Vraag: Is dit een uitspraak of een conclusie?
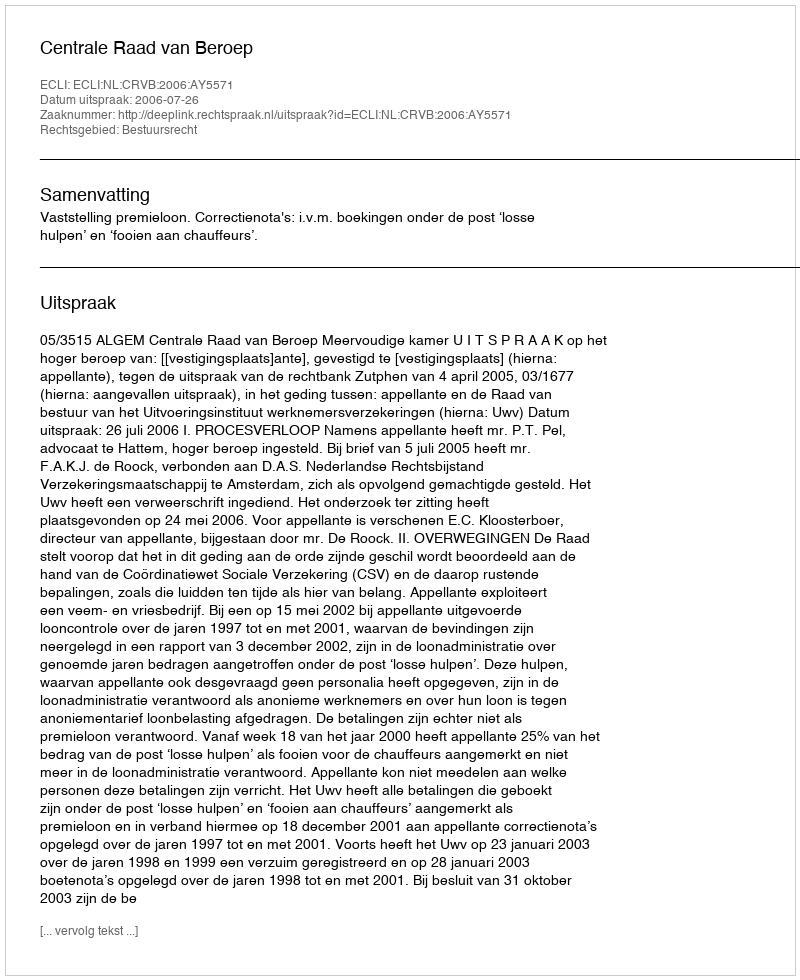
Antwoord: Uitspraak